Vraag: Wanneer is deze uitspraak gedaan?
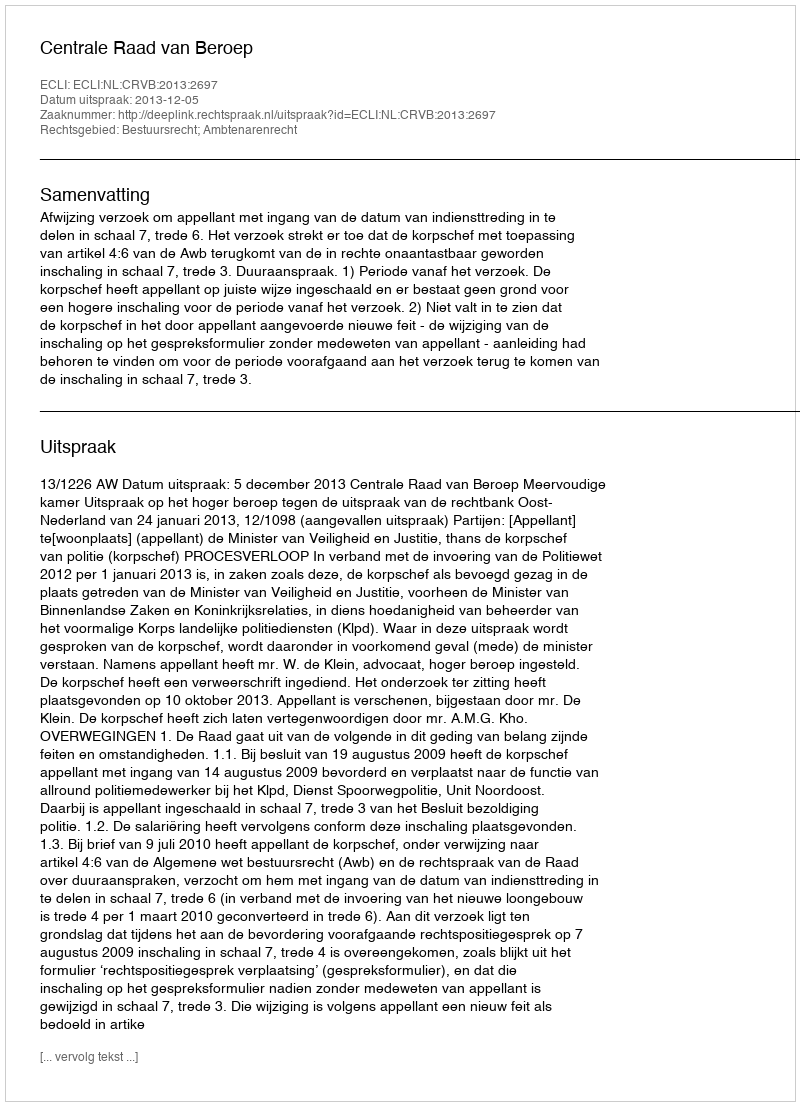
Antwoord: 2013-12-05